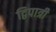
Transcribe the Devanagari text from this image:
द्विपात्री